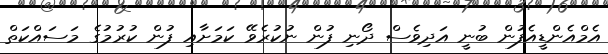
އެމްއެންޑީއެފުން ބުނީ އަދިވެސް ދޯނި ފުން ނުކުރެވޭ ކަމަށާއި ފުން ކުރުމުގެ މަސައްކަތް